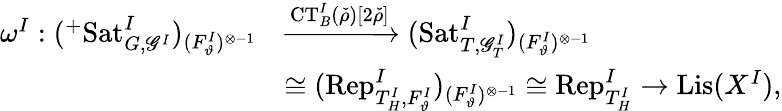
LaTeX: \begin{array}{rl}{\omega^{I}:(^{+}\mathrm{Sat}_{G,\mathscr G^{I}}^{I})_{(F_{\vartheta}^{I})^{\otimes-1}}}&{\xrightarrow{\mathrm{CT}_{B}^{I}(\check{\rho})[2\check{\rho}]}(\mathrm{Sat}_{T,\mathscr G_{T}^{I}}^{I})_{(F_{\vartheta}^{I})^{\otimes-1}}}\\ &{\cong(\mathrm{Rep}_{T_{H}^{I},F_{\vartheta}^{I}}^{I})_{(F_{\vartheta}^{I})^{\otimes-1}}\cong\mathrm{Rep}_{T_{H}^{I}}^{I}\rightarrow\mathrm{Lis}(X^{I}),}\end{array}